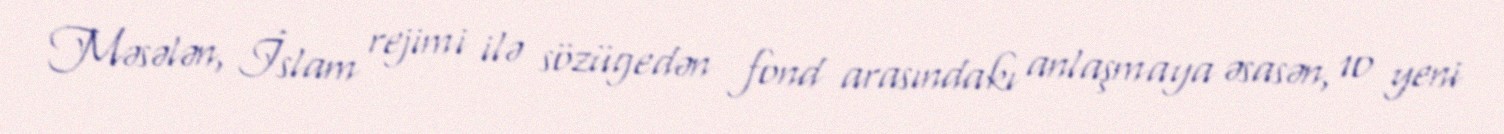
Məsələn, İslam rejimi ilə sözügedən fond arasındakı anlaşmaya əsasən, 10 yeni